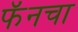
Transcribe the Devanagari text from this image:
फॅनचा